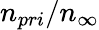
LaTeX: n_{pri}/n_{\infty}